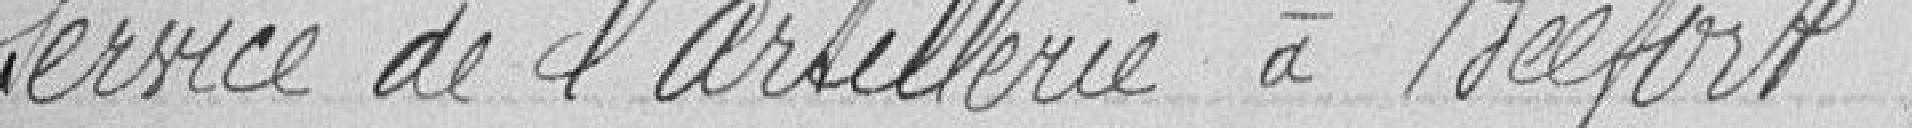
service de l'artillerie à Belfort.